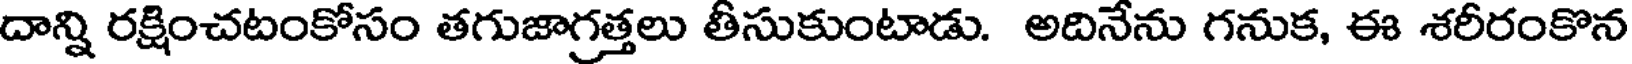
దాన్ని రక్షించటంకోసం తగుజాగ్రత్తలు తీసుకుంటాడు. అదినేను గనుక, ఈ శరీరంకొన